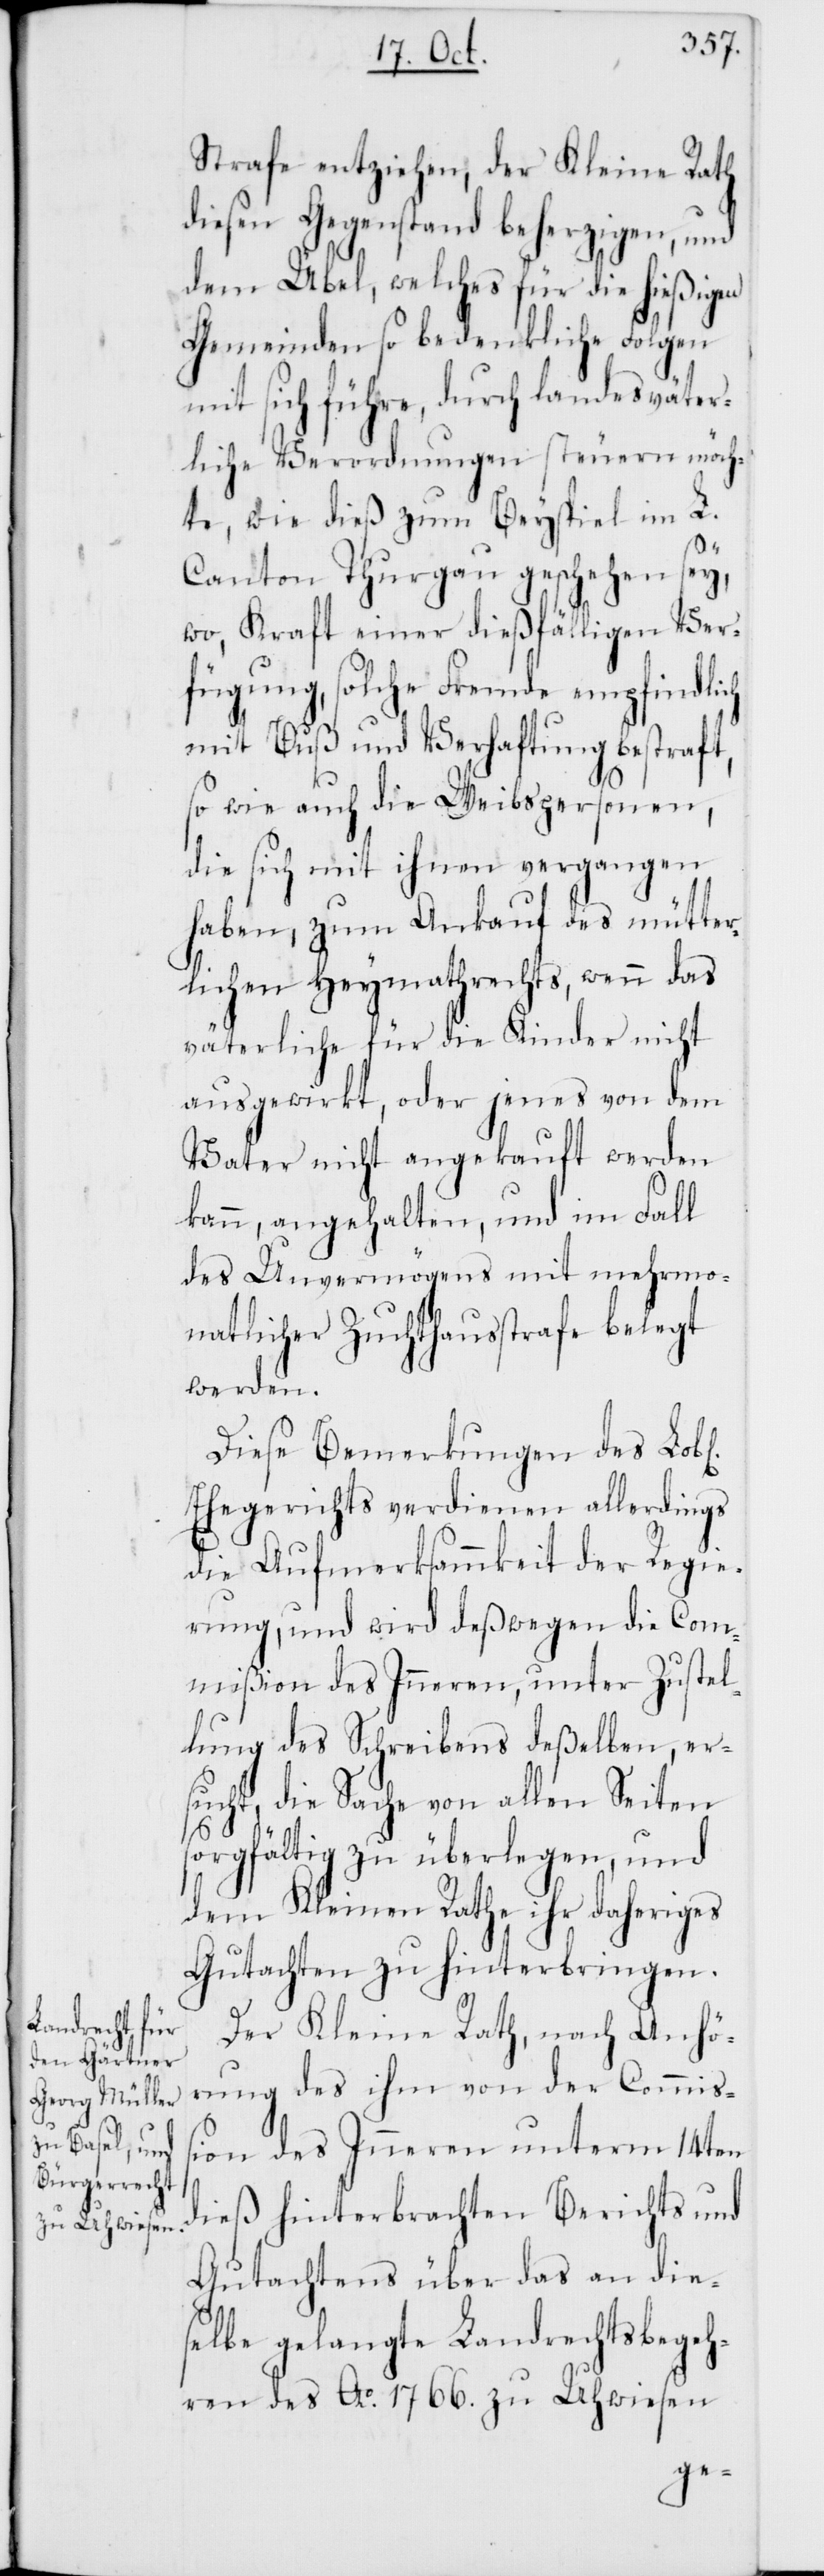
Strafe entziehen, der Kleine Rath
diesen Gegenstand beherzigen, und
dem Übel, welches für die hießigen
Gemeinden so bedenkliche Folgen
mit sich führe, durch landesväter¬
liche Verordnungen steuern möch¬
te, wie dieß zum Beyspiel im L.
Canton Thurgau geschehen sey,
wo, Kraft einer dießfälligen Ver¬
fügung, solche Fremde empfindlich
mit Buß und Verhaftung bestraft,
so wie auch die Weibspersonen,
die sich mit ihnen vergangen
haben, zum Ankauf des mütter¬
lichen Heymathrechts, wenn das
väterliche für die Kinder nicht
ausgewirkt, oder jenes von dem
Vater nicht angekauft werden
kann, angehalten, und im Fall
des Unvermögens mit mehrmo¬
natlicher Zuchthausstrafe belegt
werden.
Diese Bemerkungen des
Ehegerichts verdienen allerdings
die Aufmerksammkeit der Regie¬
rung, und wird deßwegen die Com¬
mißion des Innern, unter Zustel¬
lung des Schreibens deßelben, er¬
sucht, die Sache von allen Seiten
sorgfältig zu überlegen, und
dem kleinen Rathe ihr daheriges
Gutachten zu hinterbringen.
Der Kleine Rath, nach Anhö¬
rung des ihm von der Commiß¬
ion des Inneren unterm 14ten
dieß hinterbrachten Berichts und
Gutachtens über das an die¬
selbe gelangte Landrechtsbegeh¬
ren des Ao 1766. zu Uhwiesen